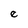
Character: e